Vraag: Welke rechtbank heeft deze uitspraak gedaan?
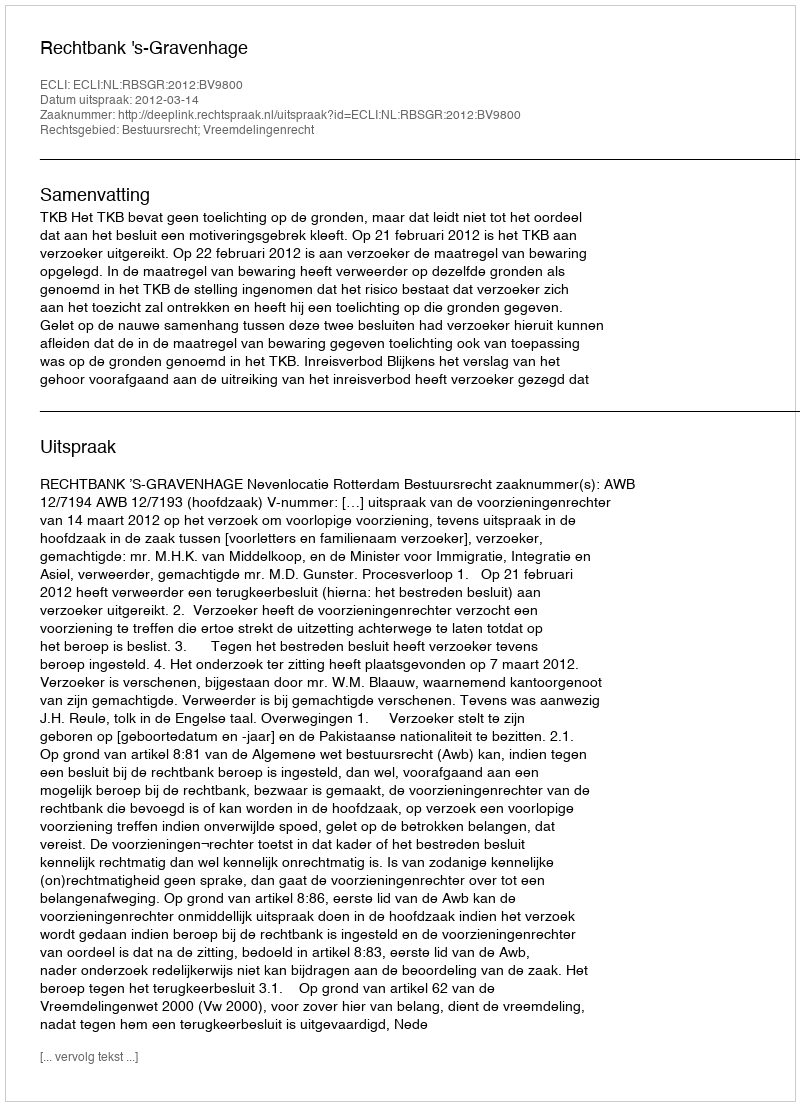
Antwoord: Rechtbank 's-Gravenhage